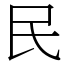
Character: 民